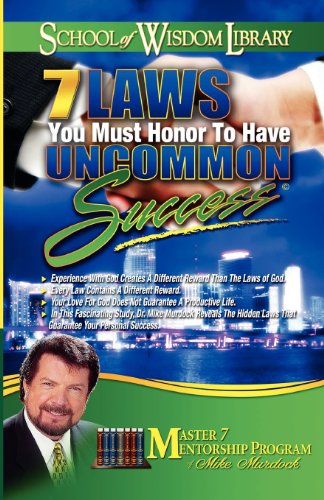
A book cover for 7 Laws You Must Honor to Have Uncommon Success (School of Wisdom); Mike Murdoch; Christian Books & Bibles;